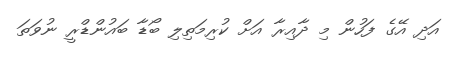
އަދި އޭގެ ފަހުން މި ދާއިރާ އަށް ކުރިމަތިލި ބޯޑާ ބައުންޑްރީ ނުވަތަ